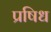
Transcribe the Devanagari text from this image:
प्रषिध